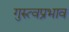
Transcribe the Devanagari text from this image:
गुरुत्वप्रभाव